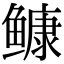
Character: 𩾌